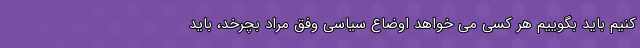
کنیم باید بگوییم هر کسی می خواهد اوضاع سیاسی وفق مراد بچرخد، باید